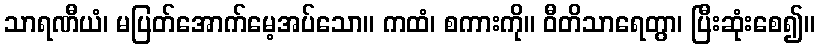
သာရဏီယံ၊ မပြတ်အောက်မေ့အပ်သော။ ကထံ၊ စကားကို။ ဝီတိသာရေတွာ၊ ပြီးဆုံးစေ၍။